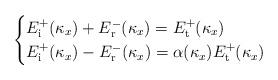
LaTeX: \begin{align*} \begin{cases}E_{\text i}^+(\kappa_x) + E_{\text r}^-(\kappa_x) = E_{\text t}^+(\kappa_x) \\E_{\text i}^+(\kappa_x) - E_{\text r}^-(\kappa_x) = \alpha(\kappa_x) E_{\text t}^+(\kappa_x) \end{cases}\end{align*}